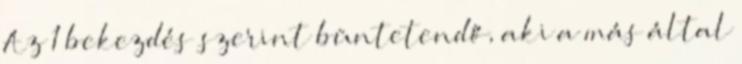
Az 1 bekezdés szerint büntetendő, aki a más által